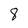
Character: 8